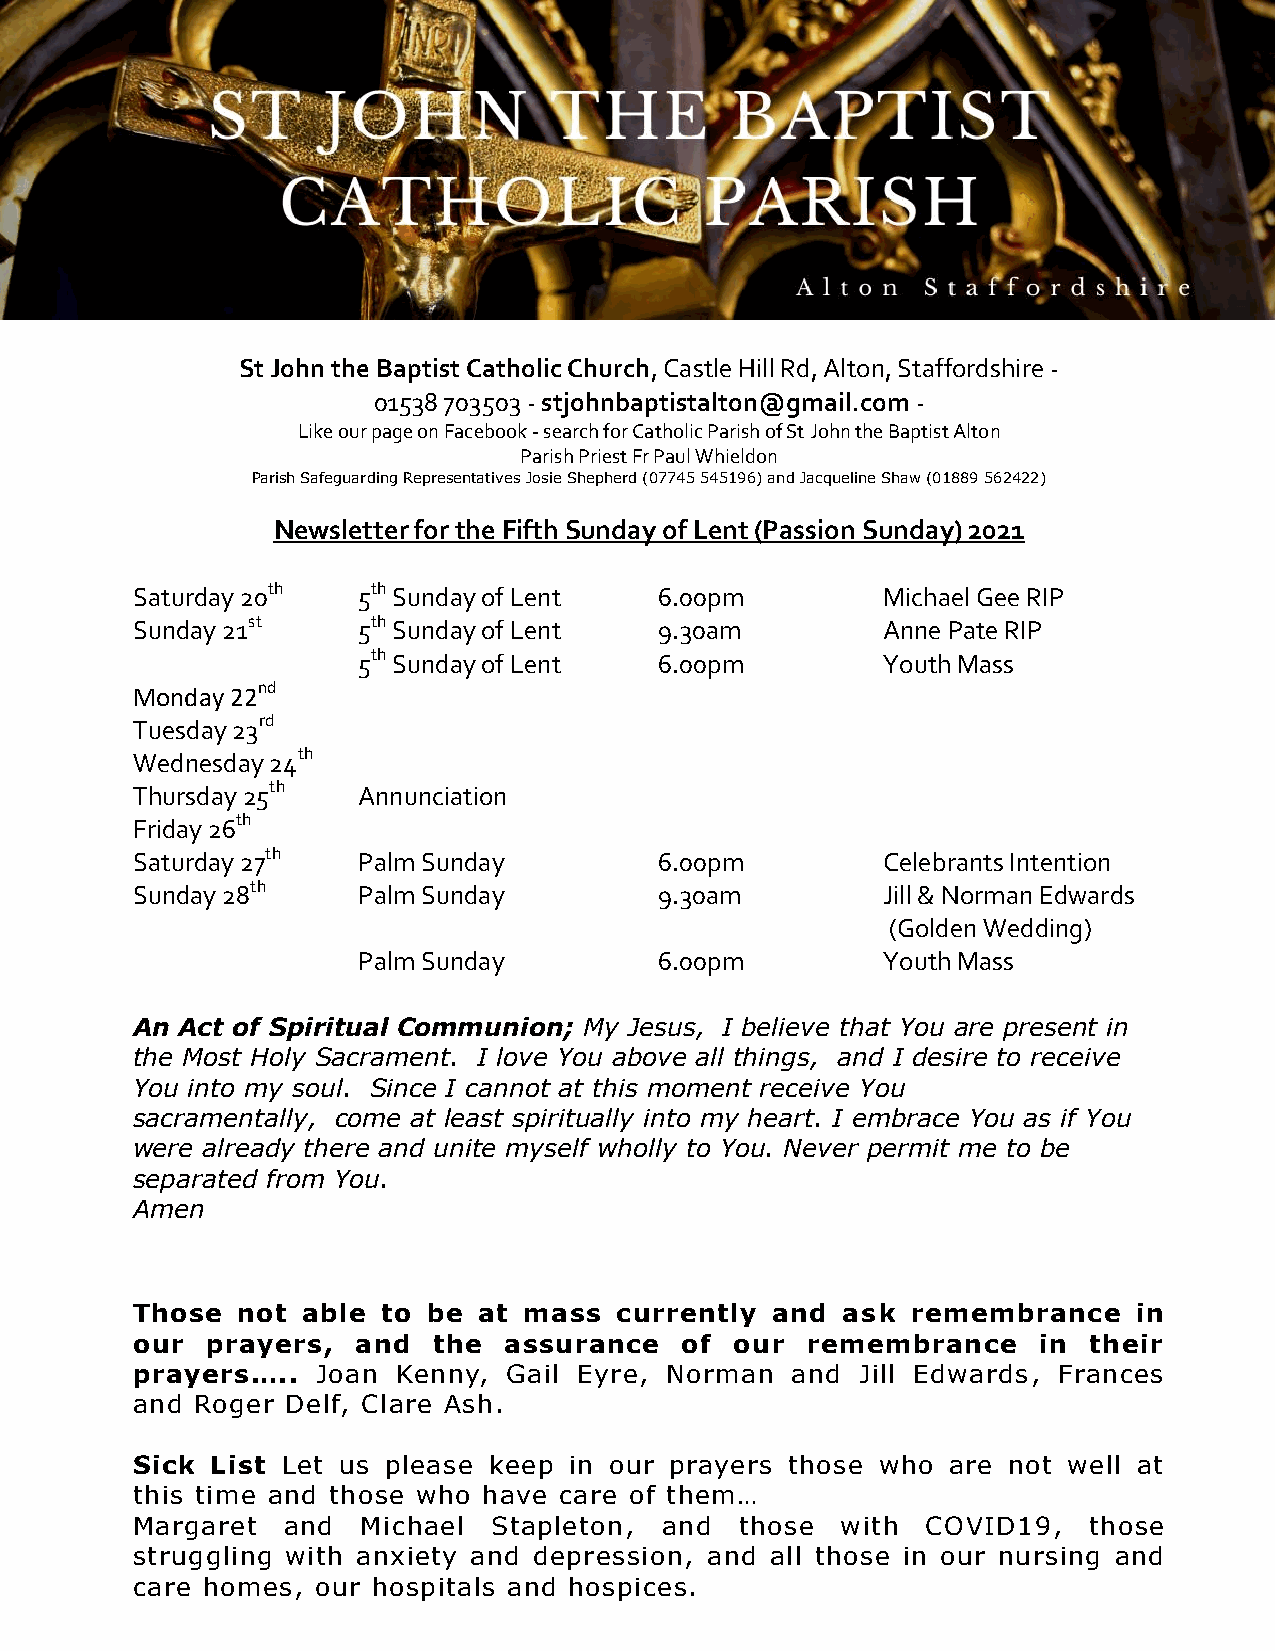
St John the Baptist Catholic Church, Castle Hill Rd, Alton, Staffordshire -
 01538 703503 - stjohnbaptistalton@gmail.com -
 Like our page on Facebook - search for Catholic Parish of St John the Baptist Alton
 Parish Priest Fr Paul Whieldon
 Parish Safeguarding Representatives Josie Shepherd (07745 545196) and Jacqueline Shaw (01889 562422)
 Newsletter for the Fifth Sunday of Lent (Passion Sunday) 2021
 Saturday 20th  5th Sunday of Lent  6.00pm        Michael Gee RIP
 Sunday 21st    5th Sunday of Lent  9.30am        Anne Pate RIP
 5th Sunday of Lent  6.00pm        Youth Mass
 Monday 22nd
 Tuesday 23rd
 Wednesday 24th
 Thursday 25th  Annunciation
 Friday 26th
 Saturday 27th  Palm Sunday         6.00pm        Celebrants Intention
 Sunday 28th    Palm Sunday         9.30am        Jill & Norman Edwards
 (Golden Wedding)
 Palm Sunday         6.00pm        Youth Mass
 An Act of Spiritual Communion; My Jesus, I believe that You are present in
 the Most Holy Sacrament. I love You above all things, and I desire to receive
 You into my soul. Since I cannot at this moment receive You
 sacramentally, come at least spiritually into my heart. I embrace You as if You
 were already there and unite myself wholly to You. Never permit me to be
 separated from You.
 Amen
 Those  not able to be  at mass  currently and  ask remembrance    in
 our  prayers,  and  the assurance   of  our remembrance     in their
 prayers…..  Joan Kenny, Gail Eyre, Norman  and  Jill Edwards, Frances
 and Roger Delf, Clare Ash.
 Sick List Let us please keep in our prayers those who are not well at
 this time and those who have care of them…
 Margaret  and  Michael  Stapleton, and  those  with COVID19,   those
 struggling with anxiety and depression, and all those in our nursing and
 care homes, our hospitals and hospices.